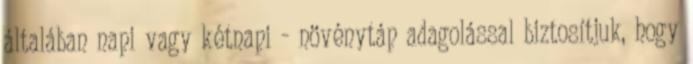
általában napi vagy kétnapi - növénytáp adagolással biztosítjuk, hogy